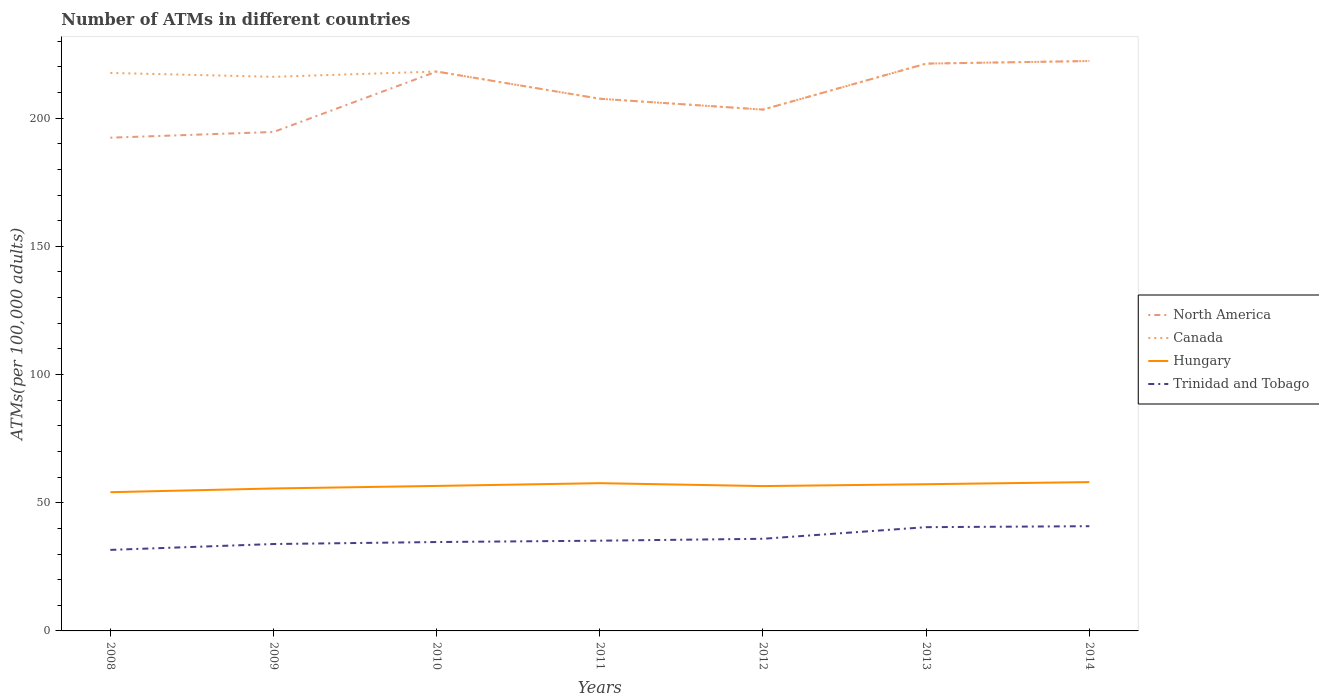
| Years | North America | Canada | Hungary | Trinidad and Tobago |
 | --- | --- | --- | --- | --- |
 | 2008 | 192 | 218 | 54.1 | 31.6 |
 | 2009 | 195 | 216 | 55.6 | 33.9 |
 | 2010 | 218 | 218 | 56.6 | 34.7 |
 | 2011 | 208 | 208 | 57.6 | 35.2 |
 | 2012 | 203 | 203 | 56.5 | 35.9 |
 | 2013 | 221 | 221 | 57.2 | 40.5 |
 | 2014 | 222 | 222 | 58 | 40.8 |